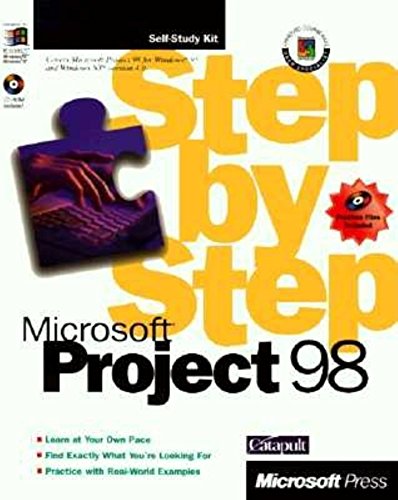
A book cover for Microsoft Project 98 Step by Step (Step By Step (Microsoft)); Catapult; Computers & Technology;